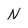
Character: N